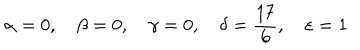
LaTeX: \alpha = 0 , \quad \beta = 0 , \quad \gamma = 0 , \quad \delta = \frac { 1 7 } { 6 } , \quad \varepsilon = 1